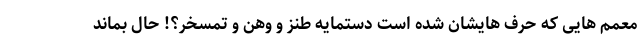
معمم هایی که حرف هایشان شده است دستمایه طنز و وهن و تمسخر؟! حال بماند